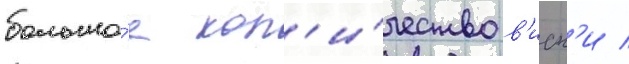
большо́е кол'и́чество в'иск'и /